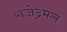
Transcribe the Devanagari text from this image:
राजेंद्रमल